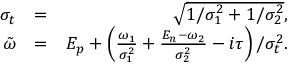
\begin{array} { r l r } { \sigma _ { t } } & { = } & { \sqrt { 1 / \sigma _ { 1 } ^ { 2 } + 1 / \sigma _ { 2 } ^ { 2 } } , } \\ { \tilde { \omega } } & { = } & { E _ { p } + \left( \frac { \omega _ { 1 } } { \sigma _ { 1 } ^ { 2 } } + \frac { E _ { n } - \omega _ { 2 } } { \sigma _ { 2 } ^ { 2 } } - i \tau \right) / \sigma _ { t } ^ { 2 } . } \end{array}